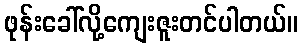
ဖုန်းခေါ်လို့ကျေးဇူးတင်ပါတယ်။